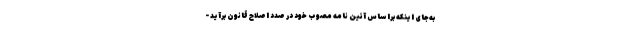
به‌جای اینکه براساس آئین نامه مصوب خود در صدد اصلاح قانون برآید -